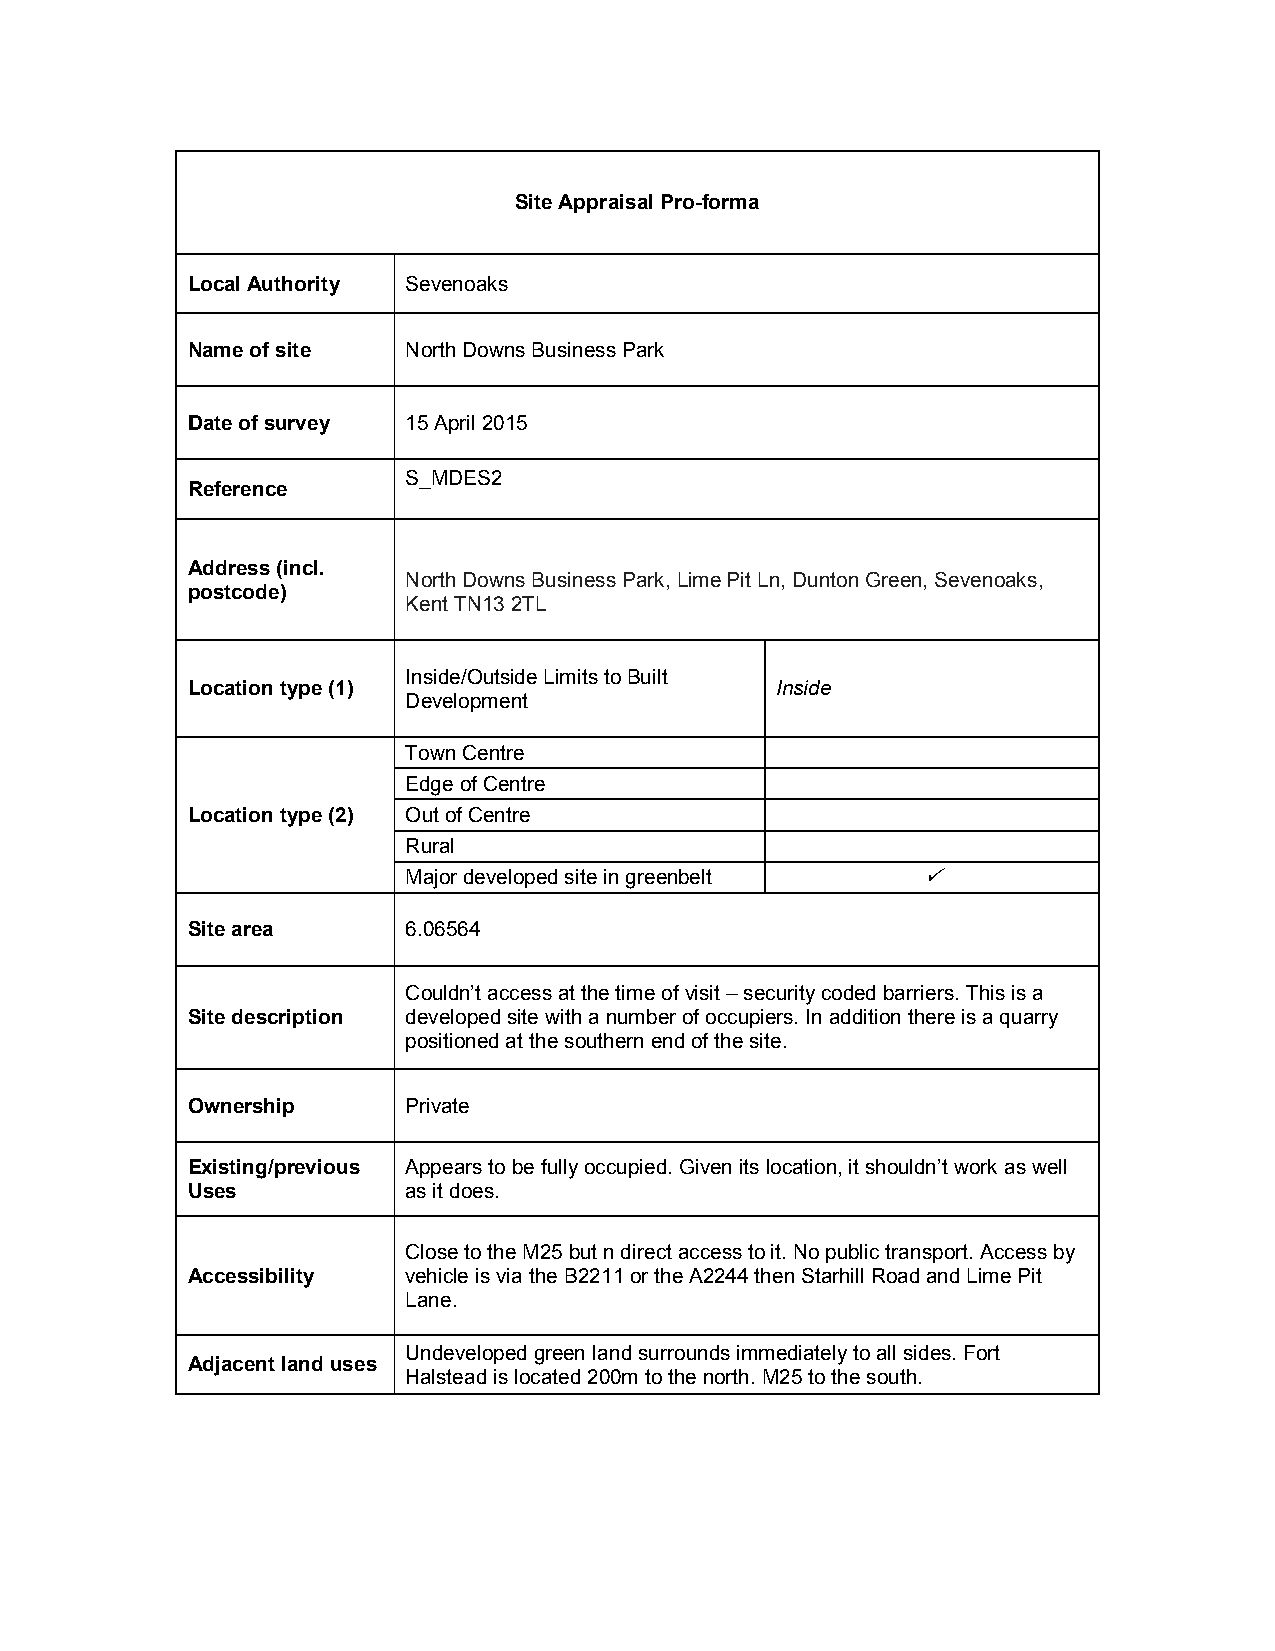
Site Appraisal Pro-forma
 Local Authority Sevenoaks
 Name of site   North Downs Business Park
 Date of survey 15 April 2015
 S_MDES2
 Reference
 Address (incl.
 North Downs Business Park, Lime Pit Ln, Dunton Green, Sevenoaks,
 postcode)
 Kent TN13 2TL
 Inside/Outside Limits to Built
 Location type (1)                      Inside
 Development
 Town Centre
 Edge of Centre
 Location type (2) Out of Centre
 Rural
 Major developed site in greenbelt 
 Site area      6.06564
 Couldn’t access at the time of visit – security coded barriers. This is a
 Site description developed site with a number of occupiers. In addition there is a quarry
 positioned at the southern end of the site.
 Ownership      Private
 Existing/previous Appears to be fully occupied. Given its location, it shouldn’t work as well
 Uses           as it does.
 Close to the M25 but n direct access to it. No public transport. Access by
 Accessibility  vehicle is via the B2211 or the A2244 then Starhill Road and Lime Pit
 Lane.
 Undeveloped green land surrounds immediately to all sides. Fort
 Adjacent land uses
 Halstead is located 200m to the north. M25 to the south.